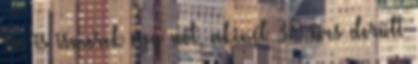
Én is ismerek egy nőt, akinél 38 éves derült